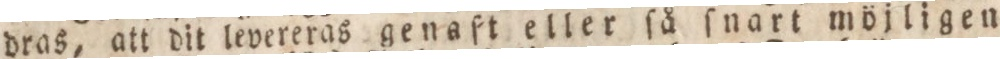
dras, att dit levereras genaft eller ſå ſnart möjligen